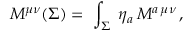
M ^ { \mu \nu } ( \Sigma ) = \; \int _ { \Sigma } \; \eta _ { a } \, { \cal M } ^ { a \, \mu \nu } \, ,